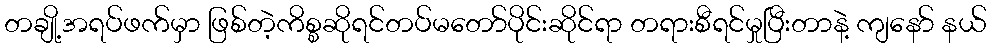
တချို့အရပ်ဖက်မှာ ဖြစ်တဲ့ကိစ္စဆိုရင်တပ်မတော်ပိုင်းဆိုင်ရာ တရားစီရင်မှုပြီးတာနဲ့ ကျနော် နယ်